Calcutta medical institutions reports 1892-1900
Year: 1892
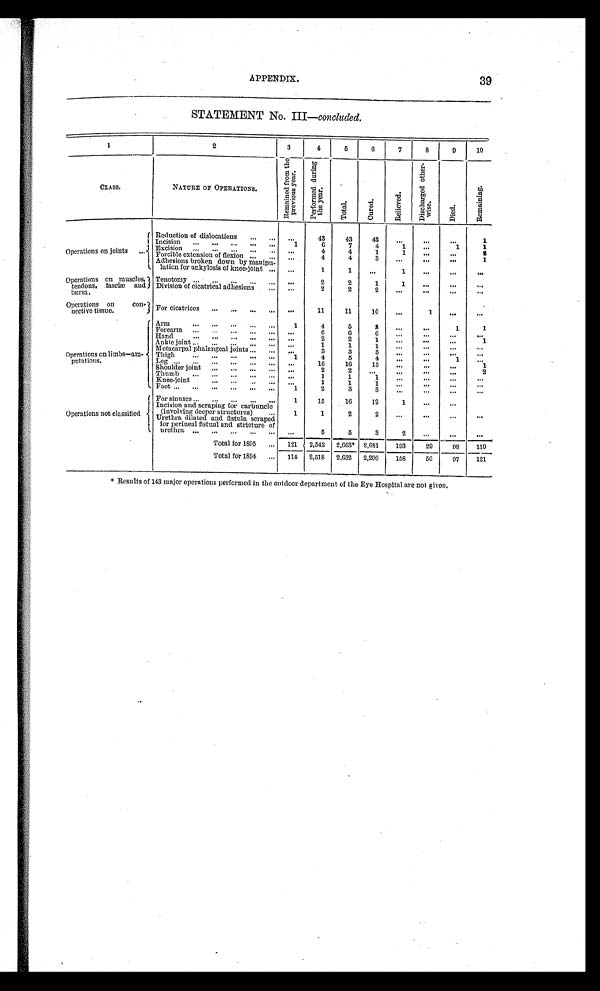
APPENDIX.
39
STATEMENT No. III —concluded.
1
2
3
4
5
6
7
8
9 10
CLASS.
NATURE OF OPERATIONS.
R e m a i n e d f r o m t h e p r e v i o u s y e a r .
p e r f o r m e d d u r i n g t h e y e a r .
T o t a l .
C u r e d .
R e l i e v e d .
D i s c h a r g e d o t h e r - w i s e .
D i e d .
R e m a i n i n g .
Operations on joints . . .
Reduction of dislocations . . .
. . .
43
43
42
. . . . . .
. . .
1
Incision . . .
1
6
7
4
1
. . .
1
1
Excision . . .
. . .
4
4
1
1 . . .
. . .
2
Forcible extension of flexion . . .
. . .
4
4
. . . . . .
3
. . .
1
Adhesions broken down by manipu-
lation for ankylosis of knee-joint . . .
. . .
. . .
. . .
1
1
. . .
. . .
1
Operations on muscles,
tendons, fasciæ and
bursa.
Tenotomy . . .
. . .
2
2
1
1
. . .
. . .
. . .
Division of cicatrical adhesions . . .
. . .
2
2
2
. . .
. . .
. . .
. . .
Operations on con-
nective tissue.
For cicatrices . . .
. . .
11
11
10
. . .
1
. . .
. . .
Operations on limbs—am-
putations.
Arm . . .
1
4
5
3
. . .
. . .
1
1
Forearm . . .
. . .
6
6
6
. . . . . .
. . . . . .
H a n d . . .
. . .
2
2
1
. . .
. . .
. . .
1
Ankle joint
. . .
1
1
1
1
. . . . . .
. . .
. . .
Metacarpal phalangeal joints . . .
. . .
3
3
3
. . .
. . .
. . .
. . .
Thigh . . .
1
4
5
4
. . .
. . .
1
. . .
Leg . . .
. . .
16
16
15
. . .
. . .
. . .
1
Shoulder joint . . .
. . .
2
2
. . .
. . .
. . .
. . .
2
Thumb . . .
. . .
1
1
1
. . . . . .
. . . . . .
Knee-joint . . .
. . .
1
1 1
. . .
. . .
. . .
. . .
F o o t . . .
1
2
3
3
. . .
. . .
. . .
. . .
Operations not classified
For sinuses . . .
1
15
16
12
1
. . .
. . .
Incision and scraping for carbuncle
(involving deeper structures) . . .
1
1
2
2
. . .
. . .
. . .
. . .
Urethra dilated and fistula scraped
for perineal fistual and stricture of
urethra . . .
. . .
5
5
3
2
. . .
. . .
. . .
Total for 1895 . . .
121
2,542
2,663* 2,081
193
29
9 8
119
Total for 1894 . . .
114
2,518
2,632
2,200
158
56
97
121
*Results of 143 major operations performed in the outdoor department of the Eye Hospital are not given
.